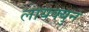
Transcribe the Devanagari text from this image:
लायक्युन